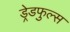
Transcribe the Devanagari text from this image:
ड्रेडफुल्स